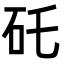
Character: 矺